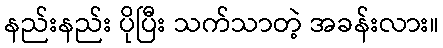
နည်းနည်း ပိုပြီး သက်သာတဲ့ အခန်းလား။